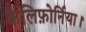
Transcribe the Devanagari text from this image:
कैलिफ़ोर्निया।